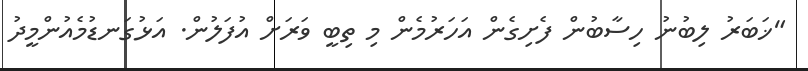
"ޚަބަރު ލިބުނު ހިސާބުން ފެށިގެން އަހަރުމެން މި ތިބީ ވަރަށް އުފަލުން. އަޅުގަނޑުމެއުންމީދު